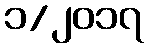
၁/၂၀၁၇